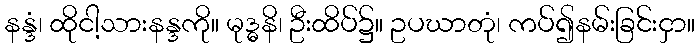
နန္ဒံ၊ ထိုငါ့သားနန္ဒကို။ မုဒ္ဓနိ၊ ဦးထိပ်၌။ ဥပဃာတုံ၊ ကပ်၍နမ်းခြင်းငှာ။